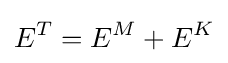
E^{T}=E^{M}+E^{K}